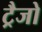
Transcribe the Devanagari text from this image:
ट्रैजो